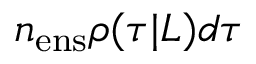
n _ { \mathrm { e n s } } \rho ( \tau | L ) d \tau